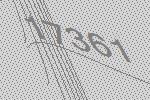
17361